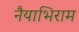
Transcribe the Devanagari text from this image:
नैयाभिराम